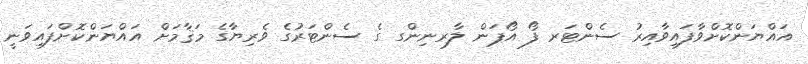
އައްޔަންކޮށްވާފައިވާއިރު ސެންޓަރ ފޯ އޯޕަން ލާރނިންގ ގެ ސެންޓަރުގެ ވެރިޔާގެ މަޤާމަށް އައްޔަންކޮށްފައިވަނީ